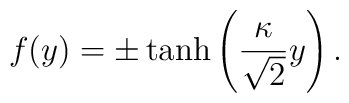
f(y)=\pm\tanh\left(\frac{\kappa}{\sqrt{2}}y\right).